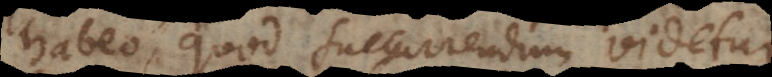
habeo, quod succurrendum videtur